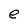
Character: e